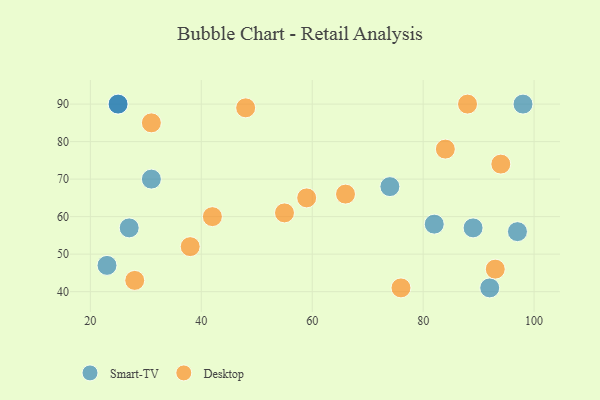
{"axis": {"x": "GDP", "y": "Life Expectancy"}, "legend": ["Desktop", "Smart-TV"], "data": [{"x": "74", "y": 68, "type": "Smart-TV"}, {"x": "27", "y": 57, "type": "Smart-TV"}, {"x": "98", "y": 90, "type": "Smart-TV"}, {"x": "92", "y": 41, "type": "Smart-TV"}, {"x": "89", "y": 57, "type": "Smart-TV"}, {"x": "23", "y": 47, "type": "Smart-TV"}, {"x": "25", "y": 90, "type": "Smart-TV"}, {"x": "97", "y": 56, "type": "Smart-TV"}, {"x": "25", "y": 90, "type": "Smart-TV"}, {"x": "82", "y": 58, "type": "Smart-TV"}, {"x": "31", "y": 70, "type": "Smart-TV"}, {"x": "88", "y": 90, "type": "Desktop"}, {"x": "55", "y": 61, "type": "Desktop"}, {"x": "76", "y": 41, "type": "Desktop"}, {"x": "84", "y": 78, "type": "Desktop"}, {"x": "94", "y": 74, "type": "Desktop"}, {"x": "31", "y": 85, "type": "Desktop"}, {"x": "93", "y": 46, "type": "Desktop"}, {"x": "66", "y": 66, "type": "Desktop"}, {"x": "42", "y": 60, "type": "Desktop"}, {"x": "28", "y": 43, "type": "Desktop"}, {"x": "38", "y": 52, "type": "Desktop"}, {"x": "59", "y": 65, "type": "Desktop"}, {"x": "48", "y": 89, "type": "Desktop"}]}